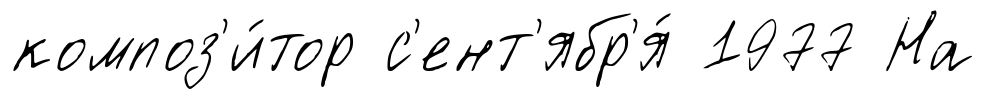
композ'и́тор с'ент'ябр'я́ 1977 На